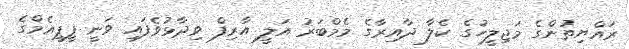
ރައްޔިތުންގެ މަޖިލީހުގެ ކެލާ ދާއިރާގެ މެމްބަރު އަލީ އާރިފް ވިދާޅުވެފައި ވަނީ ޕީޕީއެމްގެ